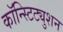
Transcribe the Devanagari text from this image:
कॉन्स्टिट्युशन